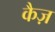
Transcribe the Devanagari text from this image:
कैज़